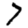
Digit: 7